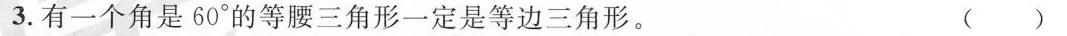
3.有一个角是60°的等腰三角形一定是等边三角形。 ( )